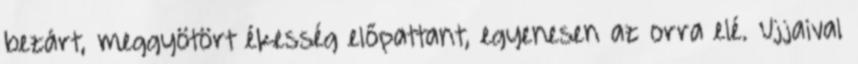
bezárt, meggyötört ékesség előpattant, egyenesen az orra elé. Ujjaival